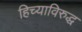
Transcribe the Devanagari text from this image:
हिच्याविरुद्ध